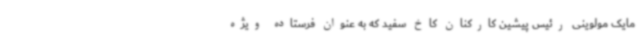
مایک مولوینی رئیس پیشین کارکنان کاخ سفید که به عنوان فرستاده ویژه